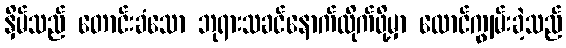
နှိမ်သည် တောင်းခံသော ဘုရားသခင်နောက်လိုက်ဖို့မှာ လောင်ကျွမ်းခဲ့သည်